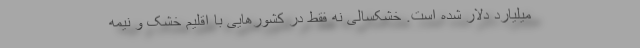
میلیارد دلار شده است. خشکسالی نه فقط در کشورهایی با اقلیم خشک و نیمه